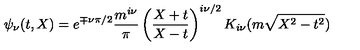
\psi _ { \nu } ( t , X ) = e ^ { \mp \nu \pi / 2 } \frac { m ^ { i \nu } } { \pi } \left( \frac { X + t } { X - t } \right) ^ { i \nu / 2 } K _ { i \nu } ( m \sqrt { X ^ { 2 } - t ^ { 2 } } )